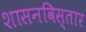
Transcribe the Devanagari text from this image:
शासनविस्तार